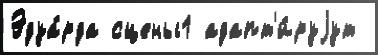
Эдуа́рда сцены1 адапт'и́руjут